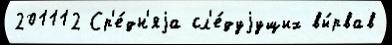
201112 Ср'е́дн'яjа сл'е́дуjущих вы́рвав